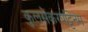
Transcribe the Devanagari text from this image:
कुलसेकरपट्टिनम